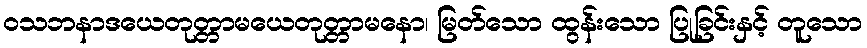
ဝသဘနာဒယေတုတ္တာမယေတုတ္တာမနော၊ မြတ်သော ထွန်းသော ပြုခြင်းနှင့် တူသော